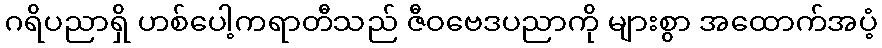
ဂရိပညာရှိ ဟစ်ပေါ့ကရာတီသည် ဇီဝဗေဒပညာကို များစွာ အထောက်အပံ့